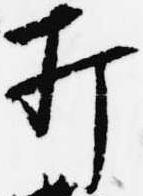
打